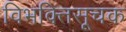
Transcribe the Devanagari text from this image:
विभक्तिसूचक